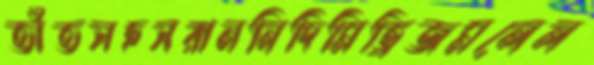
তাঁতসহসরাননিদিমিত্রিজমলেল